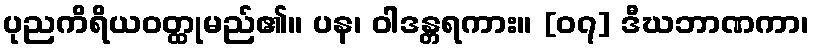
ပုညကိရိယဝတ္ထုမည်၏။ ပန၊ ဝါဒန္တရကား။ [၀၇] ဒီဃဘာဏကာ၊